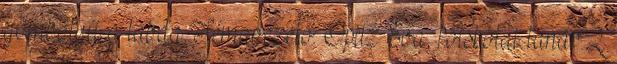
gömbölyű a labda Témavezető: Opitz Éva, főiskolai tanár 2.